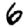
Digit: 6